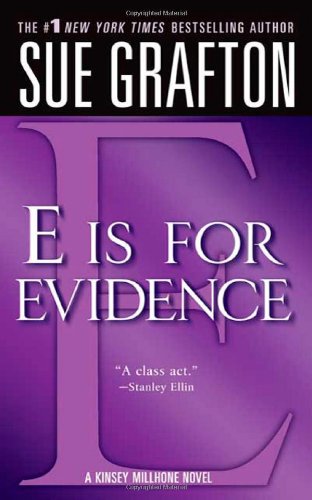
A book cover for E is for Evidence (The Kinsey Millhone Alphabet Mysteries); Sue Grafton; Mystery, Thriller & Suspense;